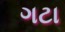
ગટા